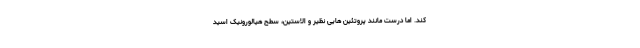
کند. اما درست مانند پروتئین هایی نظیر و الاستین، سطح هیالورونیک اسید